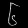
Digit: ၆